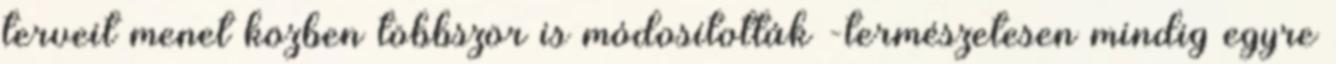
terveit menet közben többször is módosították -természetesen mindig egyre